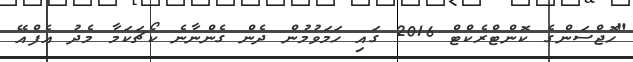
"ހޮޖްސަންގެ ކޮންޓްރެކްޓް 2016 ގައި ހަމަވުމުން ދެން ގެންނާނެ ކޯޗަކަމާ މެދު އެފްއޭ